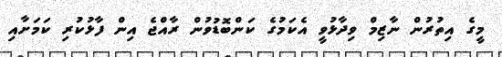
މީގެ އިތުރުން ނާޒިމް ވިދާޅުވީ އެކަމުގެ ކަންބޮޑުވުން ރާއްޖެ އިން ފާޅުކުރި ކަމަށާއި